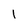
Character: 1